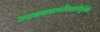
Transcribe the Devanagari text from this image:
प्रसन्नकथाकलितार्थयुक्ति